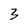
Character: 3